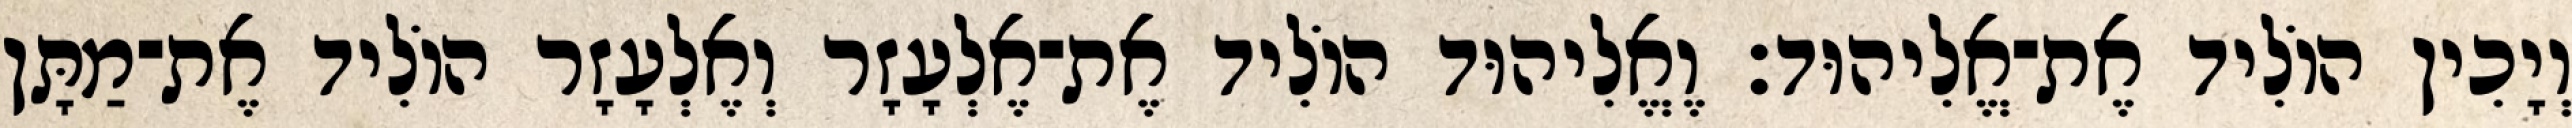
וְיָכִין הוֹלִיד אֶת־אֱלִיהוּד׃ וֶאֱלִיהוּד הוֹלִיד אֶת־אֶלְעָזָר וְאֶלְעָזָר הוֹלִיד אֶת־מַתָּן